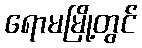
ရောမမြို့တွင်